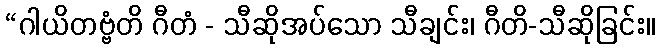
“ဂါယိတဗ္ဗံတိ ဂီတံ - သီဆိုအပ်သော သီချင်း၊ ဂီတိ-သီဆိုခြင်း။